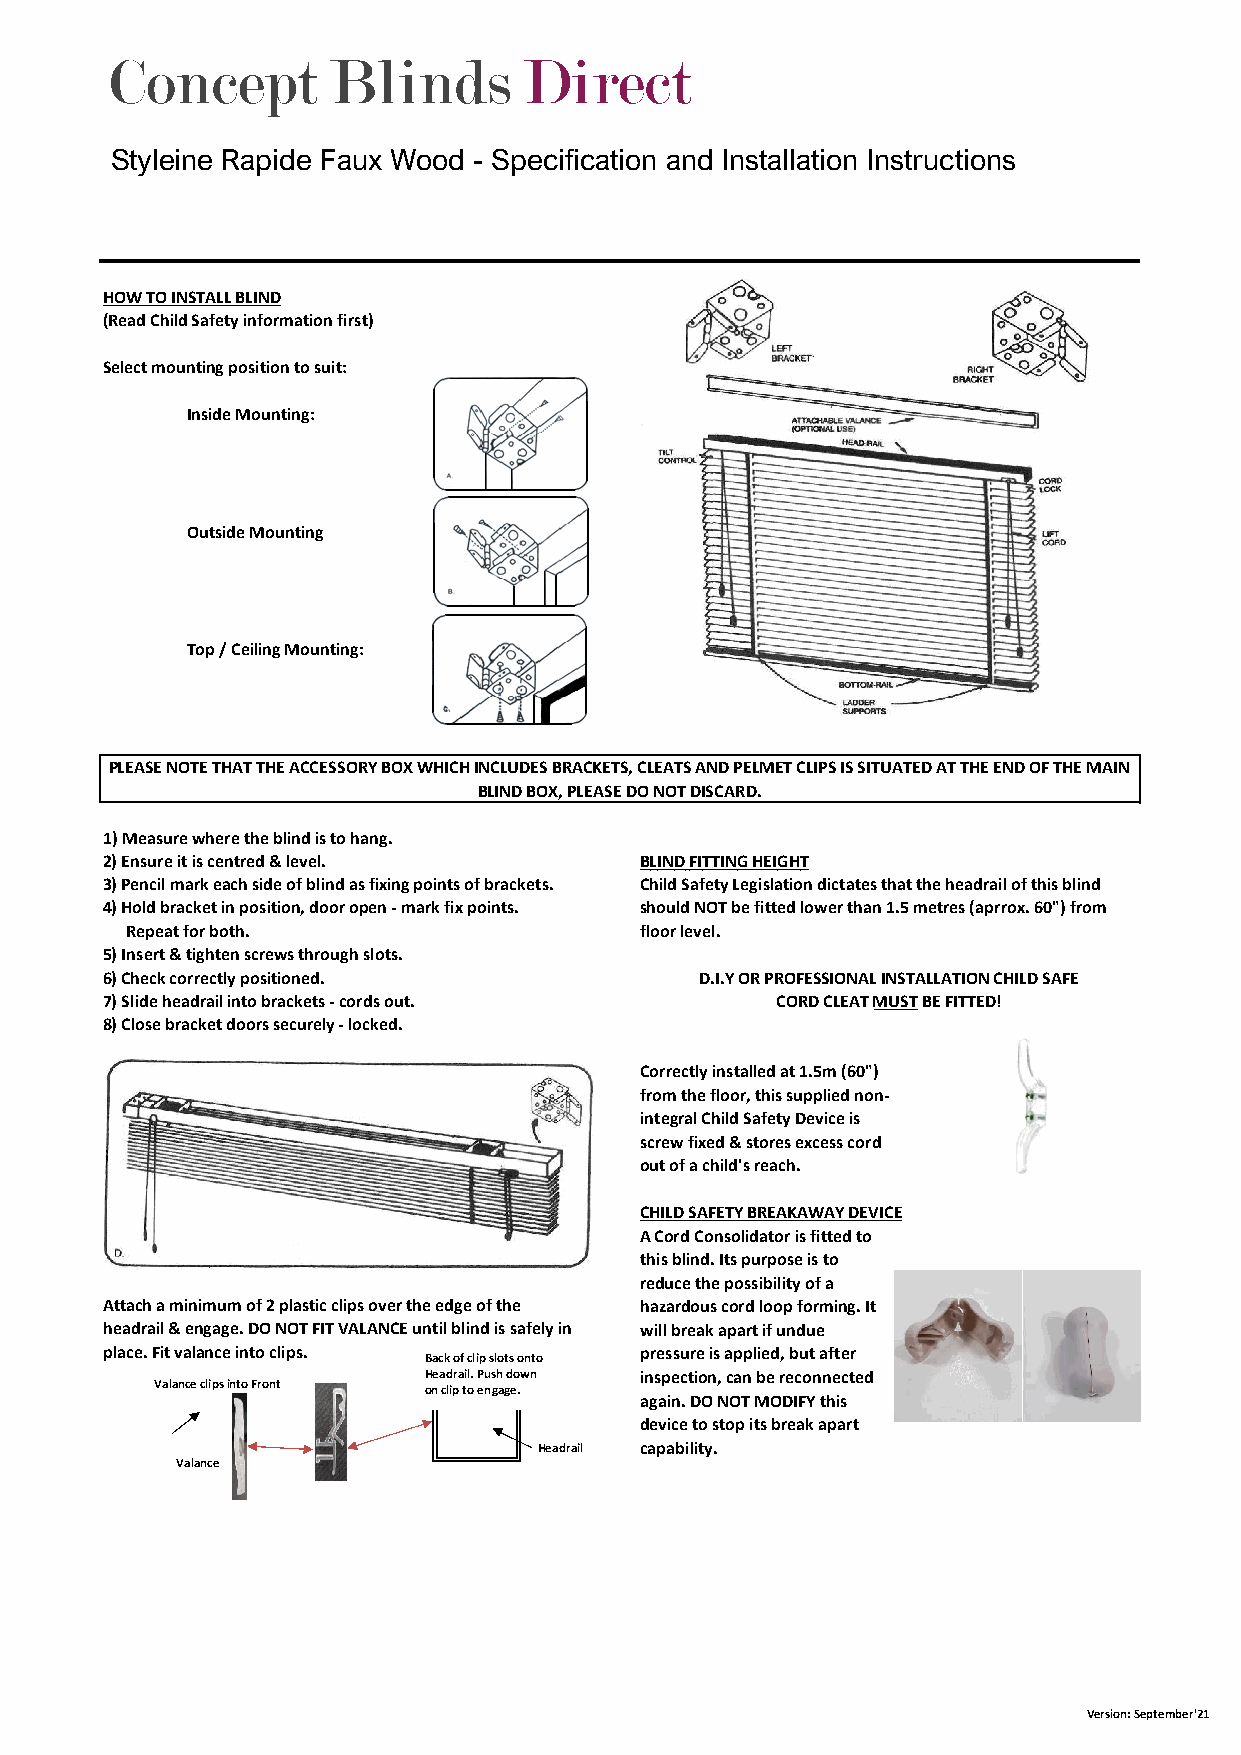
Concept        Blinds       Direct
 Styleine Rapide Faux Wood - Specification and Installation Instructions
 SSStyleSty
 HOW TO INSTALL BLIND
 (Read Child Safety information first)
 Select mounting position to suit:
 Inside Mounting:
 Outside Mounting
 Top / Ceiling Mounting:
 PLEASE NOTE THAT THE ACCESSORY BOX WHICH INCLUDES BRACKETS, CLEATS AND PELMET CLIPS IS SITUATED AT THE END OF THE MAIN
 BLIND BOX, PLEASE DO NOT DISCARD.
 1) Measure where the blind is to hang.
 2) Ensure it is centred & level.   BLIND FITTING HEIGHT
 3) Pencil mark each side of blind as fixing points of brackets. Child Safety Legislation dictates that the headrail of this blind
 4) Hold bracket in position, door open - mark fix points. should NOT be fitted lower than 1.5 metres (aprrox. 60") from
 Repeat for both.                  floor level.
 5) Insert & tighten screws through slots.
 6) Check correctly positioned.         D.I.Y OR PROFESSIONAL INSTALLATION CHILD SAFE
 7) Slide headrail into brackets - cords out. CORD CLEAT MUST BE FITTED!
 8) Close bracket doors securely - locked.
 Correctly installed at 1.5m (60")
 from the floor, this supplied non-
 integral Child Safety Device is
 screw fixed & stores excess cord
 out of a child's reach.
 CHILD SAFETY BREAKAWAY DEVICE
 A Cord Consolidator is fitted to
 HOW TO INSTALL VALANCE             this blind. Its purpose is to
 reduce the possibility of a
 Attach a minimum of 2 plastic clips over the edge of the hazardous cord loop forming. It
 headrail & engage. DO NOT FIT VALANCE until blind is safely in will break apart if undue
 place. Fit valance into clips. Back of clip slots onto pressure is applied, but after
 Headrail. Push down inspection, can be reconnected
 Valance clipsinto Front on clip to engage.
 again. DO NOT MODIFY this
 device to stop its break apart
 Headrail capability.
 Valance
 Version: September'21